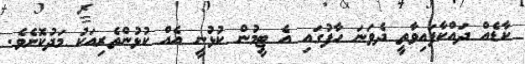
ކާޑެއް ދައްކާފައިވާތީ ދެވަނަ ހާފުގައި އެ ޓީމުން ކުޅުނީ އެއް ކުޅުންތެރިއަކު މަދުކޮށެވެ.